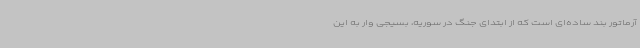
آرماتور بند ساده‌ای است که از ابتدای جنگ در سوریه، بسیجی وار به این